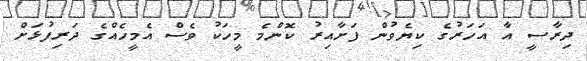
ދިރާސީ އާ އަހަރުގެ ކިޔެވުން ފަށާއިރު ކޮންމެ މީހަކު ވެސް އެމީހެއްގެ ދަރިފުޅަށް